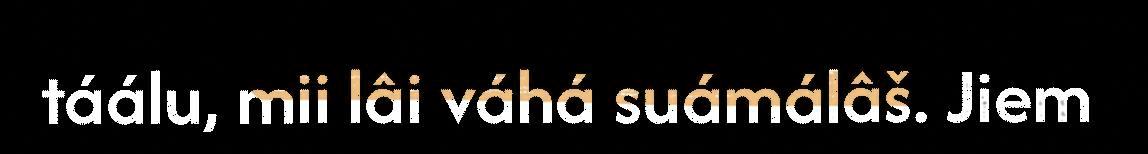
táálu, mii lâi váhá suámálâš. Jiem